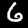
Label: 6